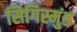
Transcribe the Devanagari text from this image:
सिगिस्मुंड